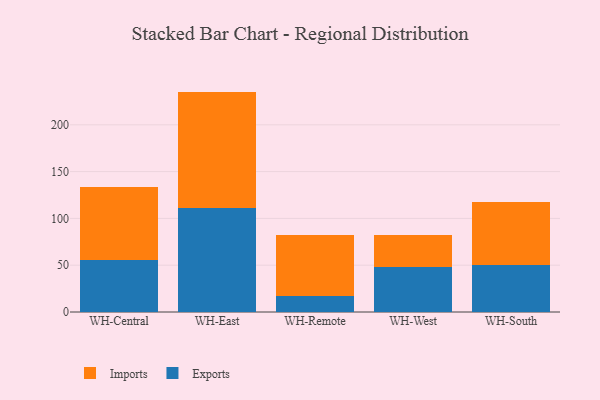
{"axis": {"x": "Warehouse", "y": "Net Income (USD K)"}, "legend": ["Exports", "Imports"], "data": [{"x": "WH-Central", "y": 55.3, "type": "Exports"}, {"x": "WH-Central", "y": 78.5, "type": "Imports"}, {"x": "WH-East", "y": 111.3, "type": "Exports"}, {"x": "WH-East", "y": 124.2, "type": "Imports"}, {"x": "WH-Remote", "y": 16.7, "type": "Exports"}, {"x": "WH-Remote", "y": 66.0, "type": "Imports"}, {"x": "WH-West", "y": 47.9, "type": "Exports"}, {"x": "WH-West", "y": 33.9, "type": "Imports"}, {"x": "WH-South", "y": 49.9, "type": "Exports"}, {"x": "WH-South", "y": 67.4, "type": "Imports"}]}